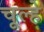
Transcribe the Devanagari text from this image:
चूल्‍हे